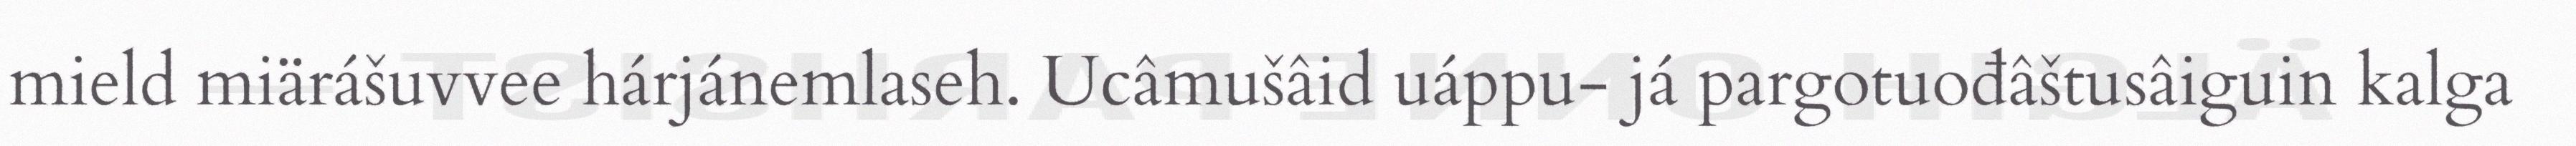
mield miärášuvvee hárjánemlaseh. Ucâmušâid uáppu- já pargotuođâštusâiguin kalga